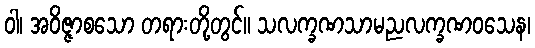
ဝါ၊ အဝိဇ္ဇာစသော တရားတို့တွင်။ သလက္ခဏသာမညလက္ခဏဝသေန၊